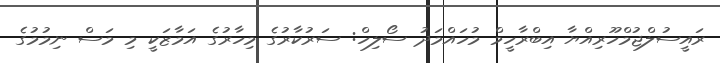
ރައީސުލްޖުމްހޫރިއްޔާ އިބްރާހީމް މުހައްމަދު ސޯލިހް: ސަރުކާރުގެ މިހާރުގެ އަމާޒަކީ މި މަސް ނިމުމުގެ